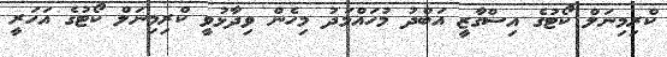
ކްރިމިނަލް ކޯޓުގެ އިސްގާޒީ އަބްދު މުހައްމަދު މިހެން ވިދާޅުވީ ކްރިމިނަލް ކޯޓުގެ އަހަރީ